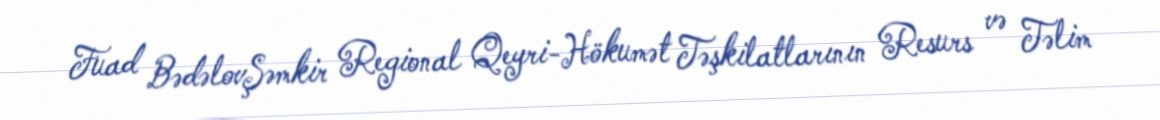
Fuad BədəlovŞəmkir Regional Qeyri-Hökumət Təşkilatlarının Resurs və Təlim